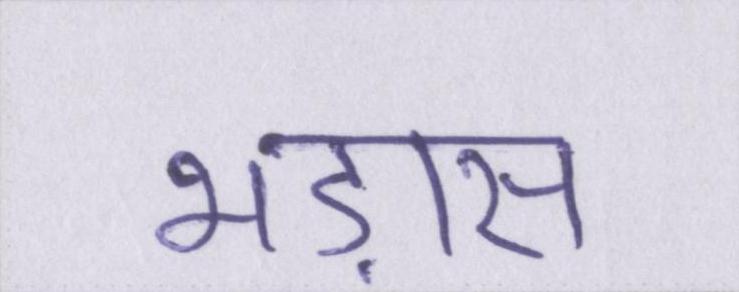
भड़ास